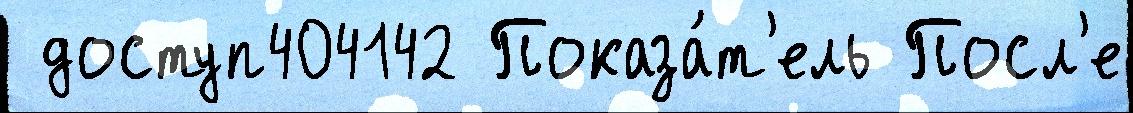
 доступ404142 Показа́т'ель Посл'е